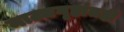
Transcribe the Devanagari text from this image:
नाट्यगृहांतही